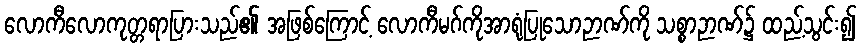
လောကီလောကုတ္တရာပြားသည်၏ အဖြစ်ကြောင့် လောကီမဂ်ကိုအာရုံပြုသောဉာဏ်ကို သစ္စာဉာဏ်၌ ထည့်သွင်း၍